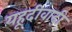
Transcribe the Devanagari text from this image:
यहूदीवादी